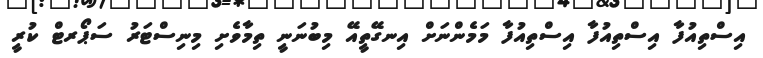
އިސްތިއުފާ އިސްތިއުފާ އިސްތިއުފާ މަމެންނަށް އިނގޭތީއޭ މިބުނަނީ ތިމާވެށި މިނިސްޓަރު ސަޕޯރޓް ކުރީ